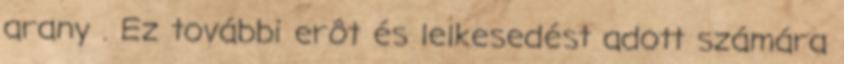
arany . Ez további erôt és lelkesedést adott számára